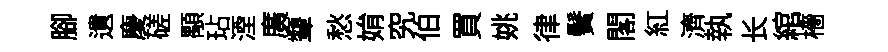
腳遺慶磋顒玷湮廣顰愁姢究伯買姚律鬢閣紅濟執长綰檣